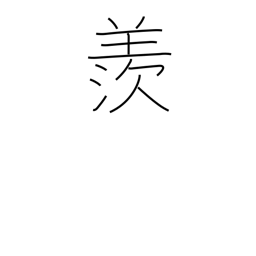
Meaning: envious